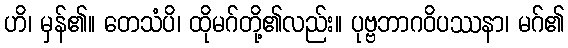
ဟိ၊ မှန်၏။ တေသံပိ၊ ထိုမဂ်တို့၏လည်း။ ပုဗ္ဗဘာဂဝိပဿနာ၊ မဂ်၏